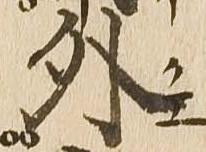
外